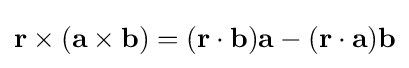
\mathbf {r} \times (\mathbf {a} \times \mathbf {b} )=(\mathbf {r} \cdot \mathbf {b} )\mathbf {a} -(\mathbf {r} \cdot \mathbf {a} )\mathbf {b}